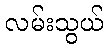
လမ်းသွယ်